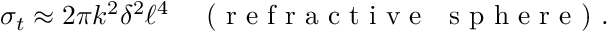
\sigma _ { t } \approx 2 \pi k ^ { 2 } \delta ^ { 2 } \ell ^ { 4 } \quad \textrm { ( r e f r a c t i v e ~ s p h e r e ) } .